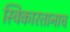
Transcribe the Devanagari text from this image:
स्विकारतानाच